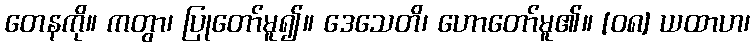
တေနကို။ ကတွာ၊ ပြုတော်မူ၍။ ဒေသေတိ၊ ဟောတော်မူ၏။ [၀၈] ယထာဟ၊